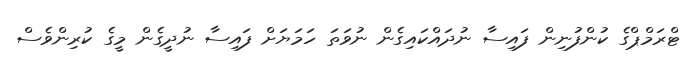
ޓްރަމްޕްގެ ކުންފުނިން ފައިސާ ނުދައްކައިގެން ނުވަތަ ހަމަޔަށް ފައިސާ ނުދީގެން މީގެ ކުރިންވެސް